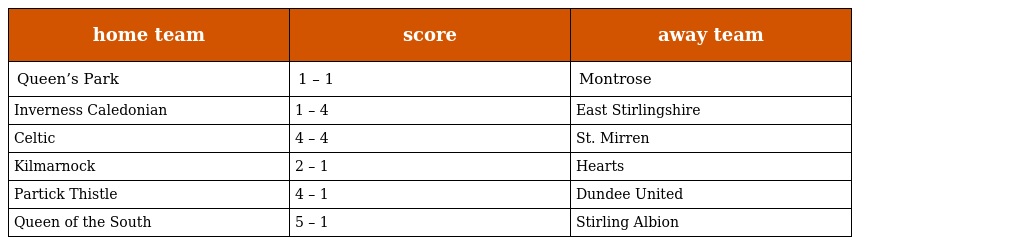
| home team | score | away team |
 | --- | --- | --- |
 | Queen’s Park | 1 – 1 | Montrose |
 | Inverness Caledonian | 1 – 4 | East Stirlingshire |
 | Celtic | 4 – 4 | St. Mirren |
 | Kilmarnock | 2 – 1 | Hearts |
 | Partick Thistle | 4 – 1 | Dundee United |
 | Queen of the South | 5 – 1 | Stirling Albion |